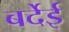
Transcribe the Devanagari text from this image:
बर्देई